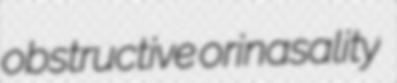
obstructive orinasality